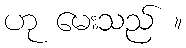
ဟု မေးသည် ။